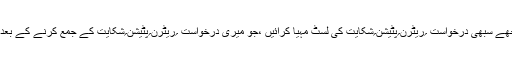
برائے مہربانی مجھے سبھی درخواست ؍ریٹرن؍پٹیشن؍شکایت کی لسٹ مہیا کرائیں ،جو میری درخواست ؍ریٹرن؍پٹیشن؍شکایت کے جمع کرنے کے بعد جمع کی گئی ہے۔